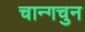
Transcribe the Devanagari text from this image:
चान्गचुन